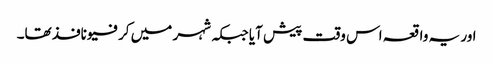
اور یہ واقعہ اس وقت پیش آیا جبکہ شہر میں کرفیو نافذ تھا۔